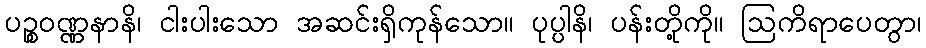
ပဉ္စဝဏ္ဏနာနိ၊ ငါးပါးသော အဆင်းရှိကုန်သော။ ပုပ္ပါနိ၊ ပန်းတို့ကို။ ဩကိရာပေတွာ၊